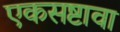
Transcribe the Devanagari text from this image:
एकसष्टावा